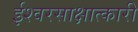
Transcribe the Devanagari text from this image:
ईश्वरसाक्षात्कारी